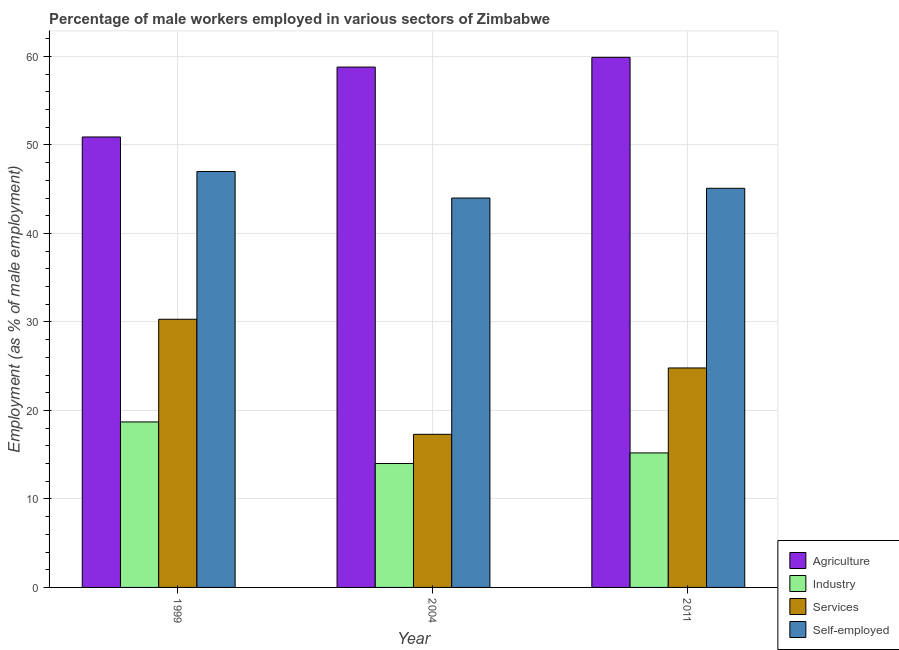
| Year | Agriculture | Industry | Services | Self-employed |
 | --- | --- | --- | --- | --- |
 | 1999 | 50.9 | 18.7 | 30.3 | 47 |
 | 2004 | 58.8 | 14 | 17.3 | 44 |
 | 2011 | 59.9 | 15.2 | 24.8 | 45.1 |